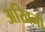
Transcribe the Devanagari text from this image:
अखिनी